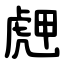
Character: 䖖